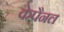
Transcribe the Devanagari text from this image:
केपैनल